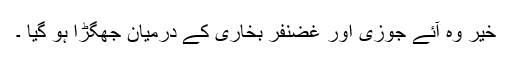
خیر وہ آئے جوزی اور غضنفر بخاری کے درمیان جھگڑا ہو گیا ۔